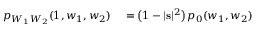
\begin{array} { r l } { p _ { W _ { 1 } W _ { 2 } } ( 1 , w _ { 1 } , w _ { 2 } ) } & { { } = \bigl ( 1 - | \mathbf { s } | ^ { 2 } \bigr ) \, p _ { 0 } ( w _ { 1 } , w _ { 2 } ) } \end{array}